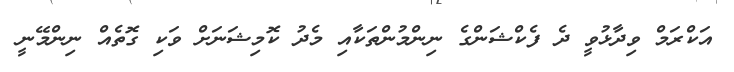
އަކްރަމް ވިދާޅުވީ ދެ ފެކްޝަންގެ ނިންމުންތަކާއި މެދު ކޮމިޝަނަށް ވަކި ގޮތެއް ނިންމޭނީ